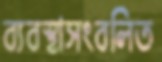
ব্যবস্থাসংবলিত